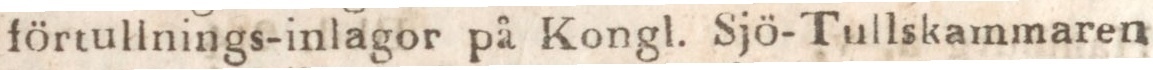
förtullnings-inlagor på Kongl. Sjö-Tullskammaren